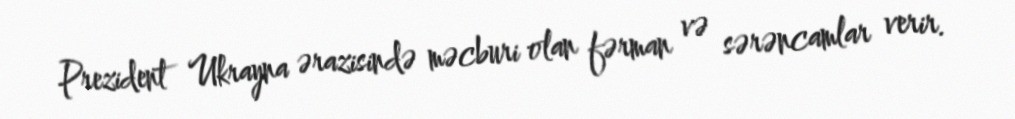
Prezident Ukrayna ərazisində məcburi olan fərman və sərəncamlar verir.